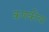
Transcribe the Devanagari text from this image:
कणकीचा